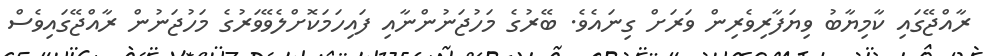
ރާއްޖޭގައި ކާމިޔާބު ވިޔަފާރިވެރިން ވަރަށް ގިނައެވެ. ބޭރުގެ މަހުޖަނުންނާއި ފައިހަމަކޮށްލެވޭވަރުގެ މަހުޖަނުން ރާއްޖޭގައިވެސް